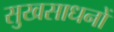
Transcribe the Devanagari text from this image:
सुखसाधनों